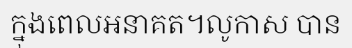
ក្នុងពេលអនាគត។លូកាស បាន